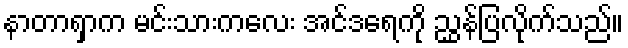
နာတာရှာက မင်းသားကလေး အင်ဒရေကို ညွှန်ပြလိုက်သည်။